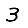
Digit: 3